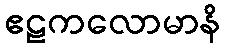
ဧဠကလောမာနိ